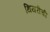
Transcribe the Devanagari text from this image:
थियरीची